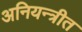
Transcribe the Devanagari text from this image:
अनियन्त्रीत